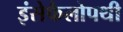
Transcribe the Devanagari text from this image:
इंसेफैलोपथी